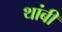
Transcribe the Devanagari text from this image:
थांबी